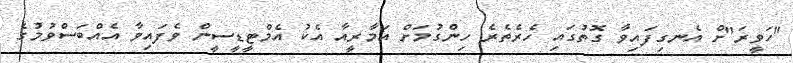
"ހަވީރަ"ށް އެނގިފައިވާ ގޮތުގައި ހެރެތެރެ ހިންގުމަށް އަމާރީއާ އެކު އެމްޓީޑީސީން ވެފައިވާ އެއްބަސްވުމުގެ